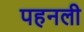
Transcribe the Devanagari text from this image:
पहनली